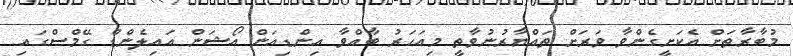
މުބާރާތަށް އެކަށީގެންވާ ވަރަށް ތައްޔާރުނުވާތީ މިއަހަރު ބާއްވާ އިންޑިއަން އޯޝަން އައިލެންޑް ގޭމްސްގައި